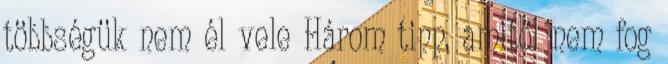
többségük nem él vele Három tipp, amitől nem fog